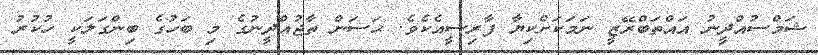
ޝަމްސުއްދީނު އައްތަބްރޭޒީ ނަމަކަށްކިޔާ ފާރިސީއެކެވެ. ޙަސަން ތާޖުއްދީނުގެ މި ބަހުގެ ބިންގަލަކީ ހުކުރު